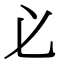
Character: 𢍺